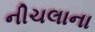
નીચલાના